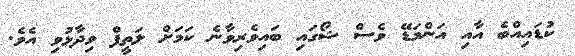
ކުޑައިއްބެ އާއި އަންމަޑޭ ވެސް ޝޯގައި ބައިވެރިވާނެ ކަމަށް ލަތީފް ވިދާޅުވި އެވެ.